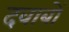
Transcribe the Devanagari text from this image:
दवाबों